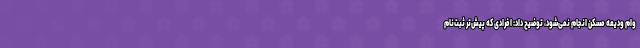
وام ودیعه مسکن انجام نمی‌شود، توضیح داد: افرادی که پیش‌تر ثبت‌نام